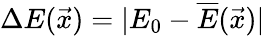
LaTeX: \Delta E(\vec{x})=|E_{0}-\overline{{E}}(\vec{x})|